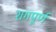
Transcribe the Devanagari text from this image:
रागपूर्ण